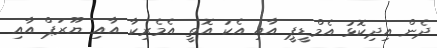
ދެން އިދިކޮޅު އެމްޑީޕީ އާއި އެކު އޮތީ އެމެރިކާ އާއި ޔޫރަޕް އާއި